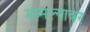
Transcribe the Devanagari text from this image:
मामल्यावर